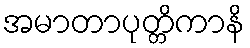
အမာတာပုတ္တိကာနိ